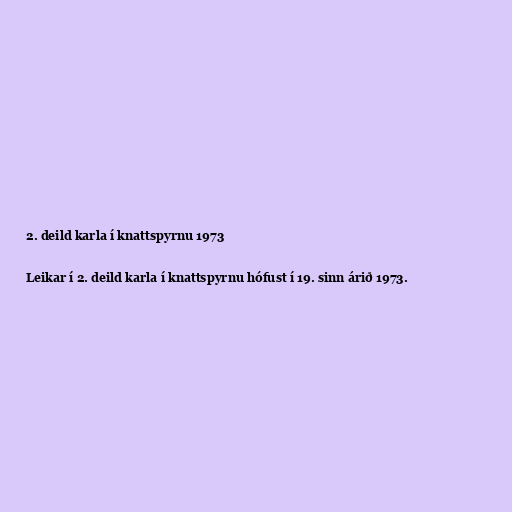
2. deild karla í knattspyrnu 1973

Leikar í 2. deild karla í knattspyrnu hófust í 19. sinn árið 1973.